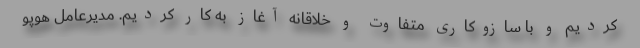
کردیم و با سازوکاری متفاوت و خلاقانه آغاز به کار کردیم. مدیرعامل هوپو